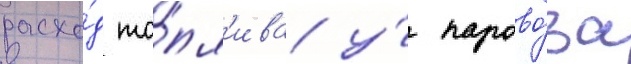
расхо́д то́пл'ива у́ парово́за